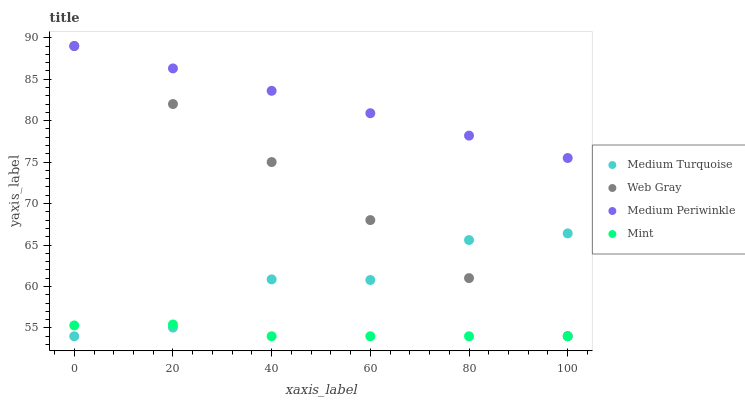
| xaxis_label | Medium Turquoise | Web Gray | Medium Periwinkle | Mint |
 | --- | --- | --- | --- | --- |
 | 0 | 54 | 89 | 89 | 55.3 |
 | 20 | 55 | 82 | 86.3 | 55.4 |
 | 40 | 60.9 | 75 | 83.6 | 54 |
 | 60 | 60.8 | 68 | 80.9 | 54 |
 | 80 | 65.6 | 61 | 78.2 | 54 |
 | 100 | 66.4 | 54 | 75.5 | 54 |